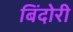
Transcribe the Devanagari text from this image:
बिंदोरी